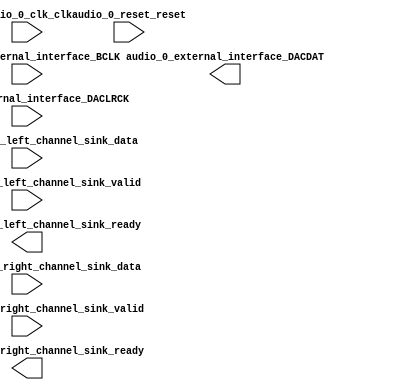

module audio_controller (
	audio_0_clk_clk,
	audio_0_reset_reset,
	audio_0_avalon_left_channel_sink_data,
	audio_0_avalon_left_channel_sink_valid,
	audio_0_avalon_left_channel_sink_ready,
	audio_0_avalon_right_channel_sink_data,
	audio_0_avalon_right_channel_sink_valid,
	audio_0_avalon_right_channel_sink_ready,
	audio_0_external_interface_BCLK,
	audio_0_external_interface_DACDAT,
	audio_0_external_interface_DACLRCK);	

	input		audio_0_clk_clk;
	input		audio_0_reset_reset;
	input	[15:0]	audio_0_avalon_left_channel_sink_data;
	input		audio_0_avalon_left_channel_sink_valid;
	output		audio_0_avalon_left_channel_sink_ready;
	input	[15:0]	audio_0_avalon_right_channel_sink_data;
	input		audio_0_avalon_right_channel_sink_valid;
	output		audio_0_avalon_right_channel_sink_ready;
	input		audio_0_external_interface_BCLK;
	output		audio_0_external_interface_DACDAT;
	input		audio_0_external_interface_DACLRCK;
endmodule